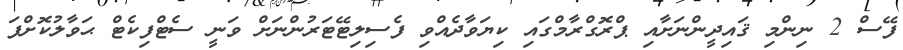
ފޭސް 2 ނިންމި ޤައިދީންނަށާއި ޕްރޮގްރާމްގައި ކިޔަވާދެއްވި ފެސިލިޓޭޓަރުންނަށް ވަނީ ސެޓްފިކެޓް ޙަވާލުކޮށްފަ